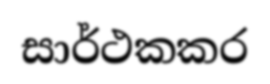
සාර්ථකකර